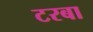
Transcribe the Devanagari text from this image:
टरबा